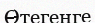
Өтегенге